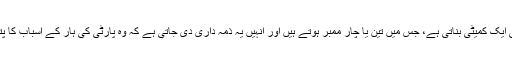
اب پارٹی ایک کمیٹی بناتی ہے، جس میں تین یا چار ممبر ہوتے ہیں اور انہیں یہ ذمہ داری دی جاتی ہے کہ وہ پارٹی کی ہار کے اسباب کا پتہ لگائیں۔